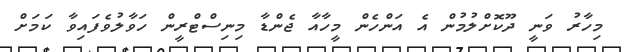
މިހާރު ވަނީ ދޫކޮށްލުމުން އެ އަންހެން މީހާއާ ޖެންޑާ މިނިސްޓްރީން ހަވާލުވެފައިވާ ކަމަށް